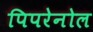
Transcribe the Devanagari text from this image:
पिपरेनोल